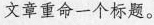
文章重命一个标题。